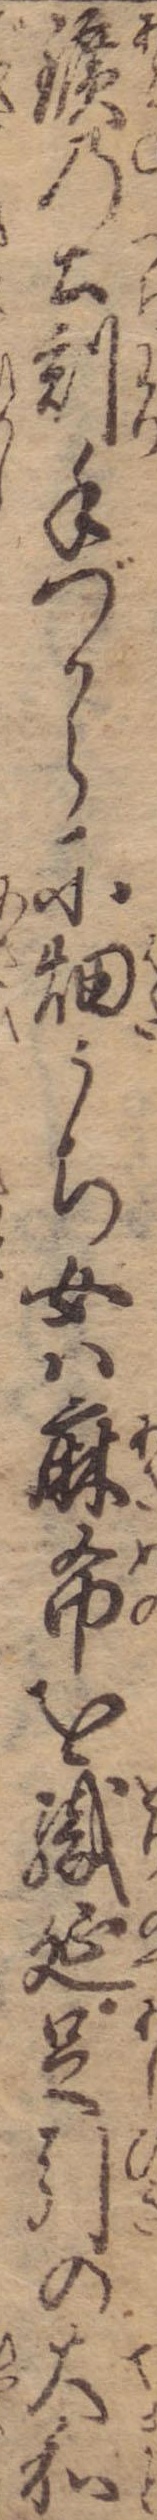
鑛の土割手づからに畑うち女は麻布を織延足引の大和